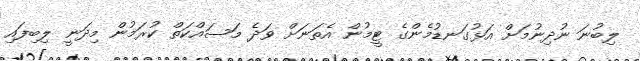
ލިބުނަ ނުދިނުމަށް އަޅުގަނޑުމެންގެ ޓީމުން އެތަނަށް ވަދެ މަސައްކަތް ކުރަމުން މިދަނީ ލިބިފައި